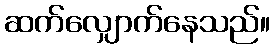
ဆက်လျှောက်နေသည်။